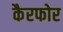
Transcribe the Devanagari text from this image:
कैरफोर